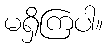
မရှိကြပါ။